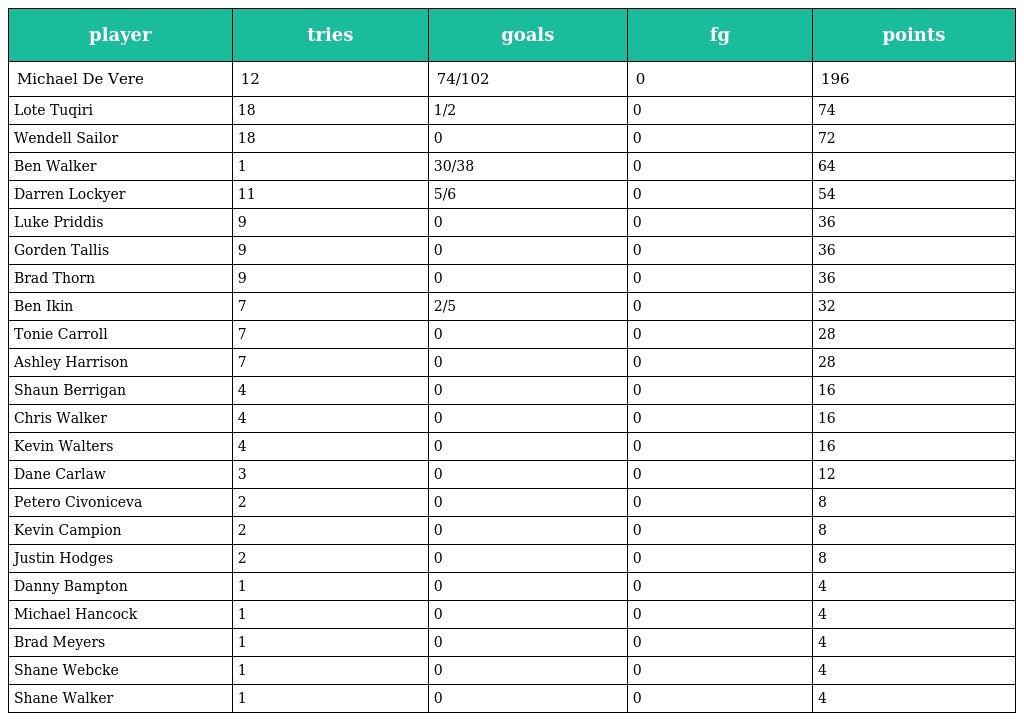
| player | tries | goals | fg | points |
 | --- | --- | --- | --- | --- |
 | Michael De Vere | 12 | 74/102 | 0 | 196 |
 | Lote Tuqiri | 18 | 1/2 | 0 | 74 |
 | Wendell Sailor | 18 | 0 | 0 | 72 |
 | Ben Walker | 1 | 30/38 | 0 | 64 |
 | Darren Lockyer | 11 | 5/6 | 0 | 54 |
 | Luke Priddis | 9 | 0 | 0 | 36 |
 | Gorden Tallis | 9 | 0 | 0 | 36 |
 | Brad Thorn | 9 | 0 | 0 | 36 |
 | Ben Ikin | 7 | 2/5 | 0 | 32 |
 | Tonie Carroll | 7 | 0 | 0 | 28 |
 | Ashley Harrison | 7 | 0 | 0 | 28 |
 | Shaun Berrigan | 4 | 0 | 0 | 16 |
 | Chris Walker | 4 | 0 | 0 | 16 |
 | Kevin Walters | 4 | 0 | 0 | 16 |
 | Dane Carlaw | 3 | 0 | 0 | 12 |
 | Petero Civoniceva | 2 | 0 | 0 | 8 |
 | Kevin Campion | 2 | 0 | 0 | 8 |
 | Justin Hodges | 2 | 0 | 0 | 8 |
 | Danny Bampton | 1 | 0 | 0 | 4 |
 | Michael Hancock | 1 | 0 | 0 | 4 |
 | Brad Meyers | 1 | 0 | 0 | 4 |
 | Shane Webcke | 1 | 0 | 0 | 4 |
 | Shane Walker | 1 | 0 | 0 | 4 |